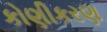
કોણીકરણ